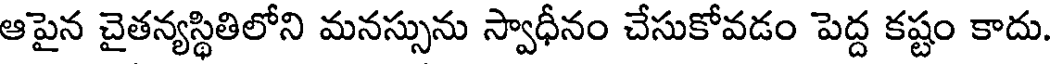
ఆపైన చైతన్యస్థితిలోని మనస్సును స్వాధీనం చేసుకోవడం పెద్ద కష్టం కాదు.